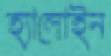
হ্যালোইন